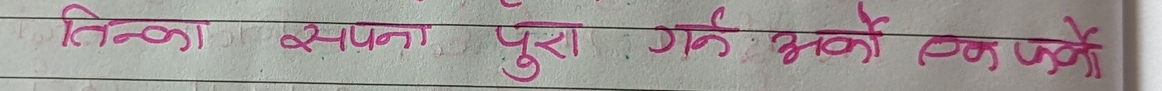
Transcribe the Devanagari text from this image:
तिन्का सपना पुरा गर्ने भको व्यक्तिकै